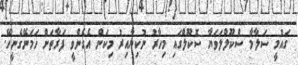
ގައުމީ ސަލާމާ ސްކޫލްލަވަޔާ ސޮކޫލްގައި މިހާރު ނުކިޔާއިރު މިކަން އެގެންވީ ފަރާތަށް ހަމަނޭގެނީހޭ.